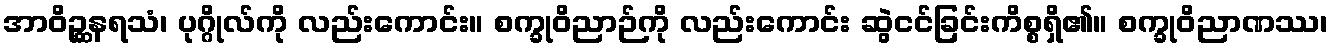
အာဝိဉ္ဆနရသံ၊ ပုဂ္ဂိုလ်ကို လည်းကောင်း။ စက္ခုဝိညာဉ်ကို လည်းကောင်း ဆွဲငင်ခြင်းကိစ္စရှိ၏။ စက္ခုဝိညာဏဿ၊